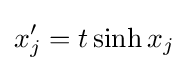
x_{j}'=t\sinh x_{j}